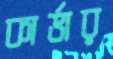
কার্ভার